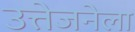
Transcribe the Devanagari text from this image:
उत्तेजनेला